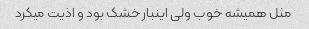
مثل همیشه خوب ولی اینبار خشک بود و اذیت میکرد